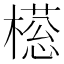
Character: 𣚜